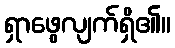
ရှာဖွေလျက်ရှိ၏။